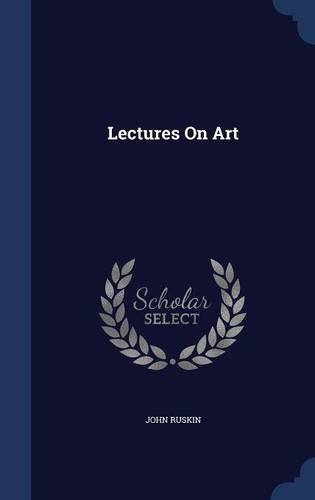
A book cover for Lectures On Art; John Ruskin; Literature & Fiction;